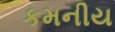
કમનીય